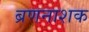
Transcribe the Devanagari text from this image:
ब्रणनाशक